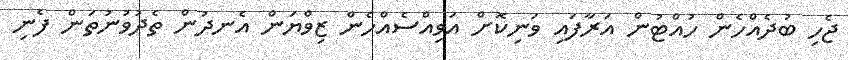
ޖެހި ބުދެއްހެން ހުއްޓުން އަރާފައި ވަނިކޮށް އަވިއްސެއްހެން ޒިވްޔަން އެނދުން ތެދުވުނުތަން ފެނި